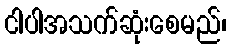
ငါပါအသက်ဆုံးစေမည်၊